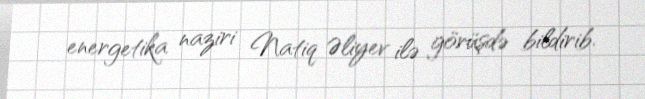
energetika naziri Natiq Əliyev ilə görüşdə bildirib.